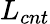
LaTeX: L_{cnt}